Vaccination in Burma 1889-1999 - 1889-1999
Year: 1889
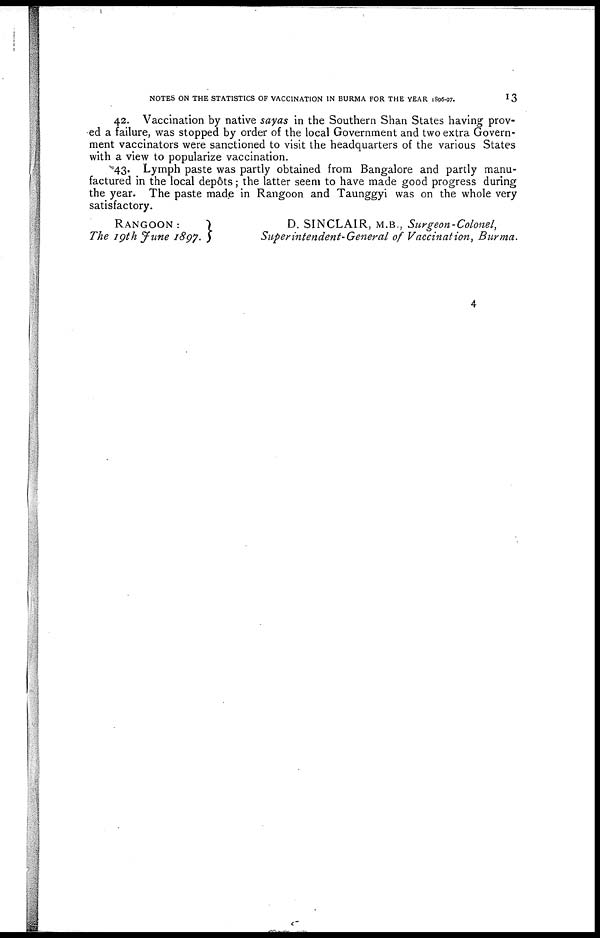
NOTES ON THE STATISTICS OF VACCINATION IN BURMA FOR THE YEAR 1896-97.
13
42. Vaccination by native sayas in the Southern Shan States having prov-
ed a failure, was stopped by order of the local Government and two extra Govern-
ment vaccinators were sanctioned to visit the headquarters of the various States
with a view to popularize vaccination.
43. Lymph paste was partly obtained from Bangalore and partly manu-
factured in the local depôts; the latter seem to have made good progress during
the year. The paste made in Rangoon and Taunggyi was on the whole very
satisfactory.
RANGOON :
The 19th June 1897.
D. SINCLAIR, M.B., Surgeon-Colonel,
Superintendent-General of Vaccination, Burma.